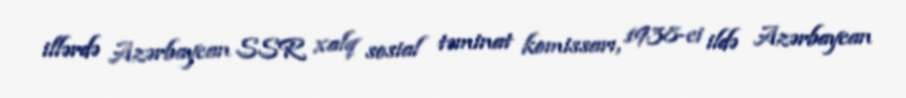
illərdə Azərbaycan SSR xalq sosial təminat komissarı, 1938-ci ildə Azərbaycan